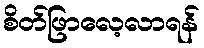
စိတ်ဖြာလေ့လာရန်